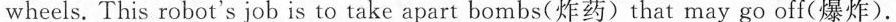
wheels. This robot's job is to take apart bombs(炸药)that may go off(爆炸).